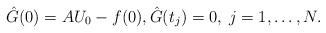
LaTeX: \begin{align*} \hat G(0) = AU_0-f(0), \hat G(t_j) = 0, \; j = 1,\dots,N.\end{align*}